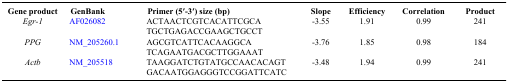
| Gene product | GenBank | Primer (5′-3′) size (bp) | Slope | Efficiency | Correlation | Product |
 | --- | --- | --- | --- | --- | --- | --- |
 | <ROWSPAN=2> Egr-1 | <ROWSPAN=2> AF026082 | ACTAACTCGTCACATTCGCA | -3.55 | 1.91 | 0.99 | 241 |
 | TGCTGAGACCGAAGCTGCCT |  |  |  |  |
 | <ROWSPAN=2> PPG | <ROWSPAN=2> NM_205260.1 | AGCGTCATTCACAAGGCA | -3.76 | 1.85 | 0.98 | 184 |
 | TCAGAATGACGCTTGGAAAT |  |  |  |  |
 | <ROWSPAN=2> Actb | <ROWSPAN=2> NM_205518 | TAAGGATCTGTATGCCAACACAGT | -3.48 | 1.94 | 0.99 | 241 |
 | GACAATGGAGGGTCCGGATTCATC |  |  |  |  |